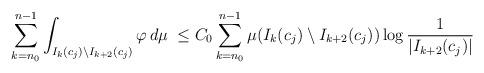
LaTeX: \begin{align*}\sum_{k=n_0}^{n-1} \int_{I_k(c_j)\setminus I_{k+2}(c_j)} \varphi\,d\mu\; \leq C_0 \sum_{k=n_0}^{n-1} \mu(I_k(c_j)\setminus I_{k+2}(c_j))\log{\frac{1}{|I_{k+2}(c_j)|}}\end{align*}